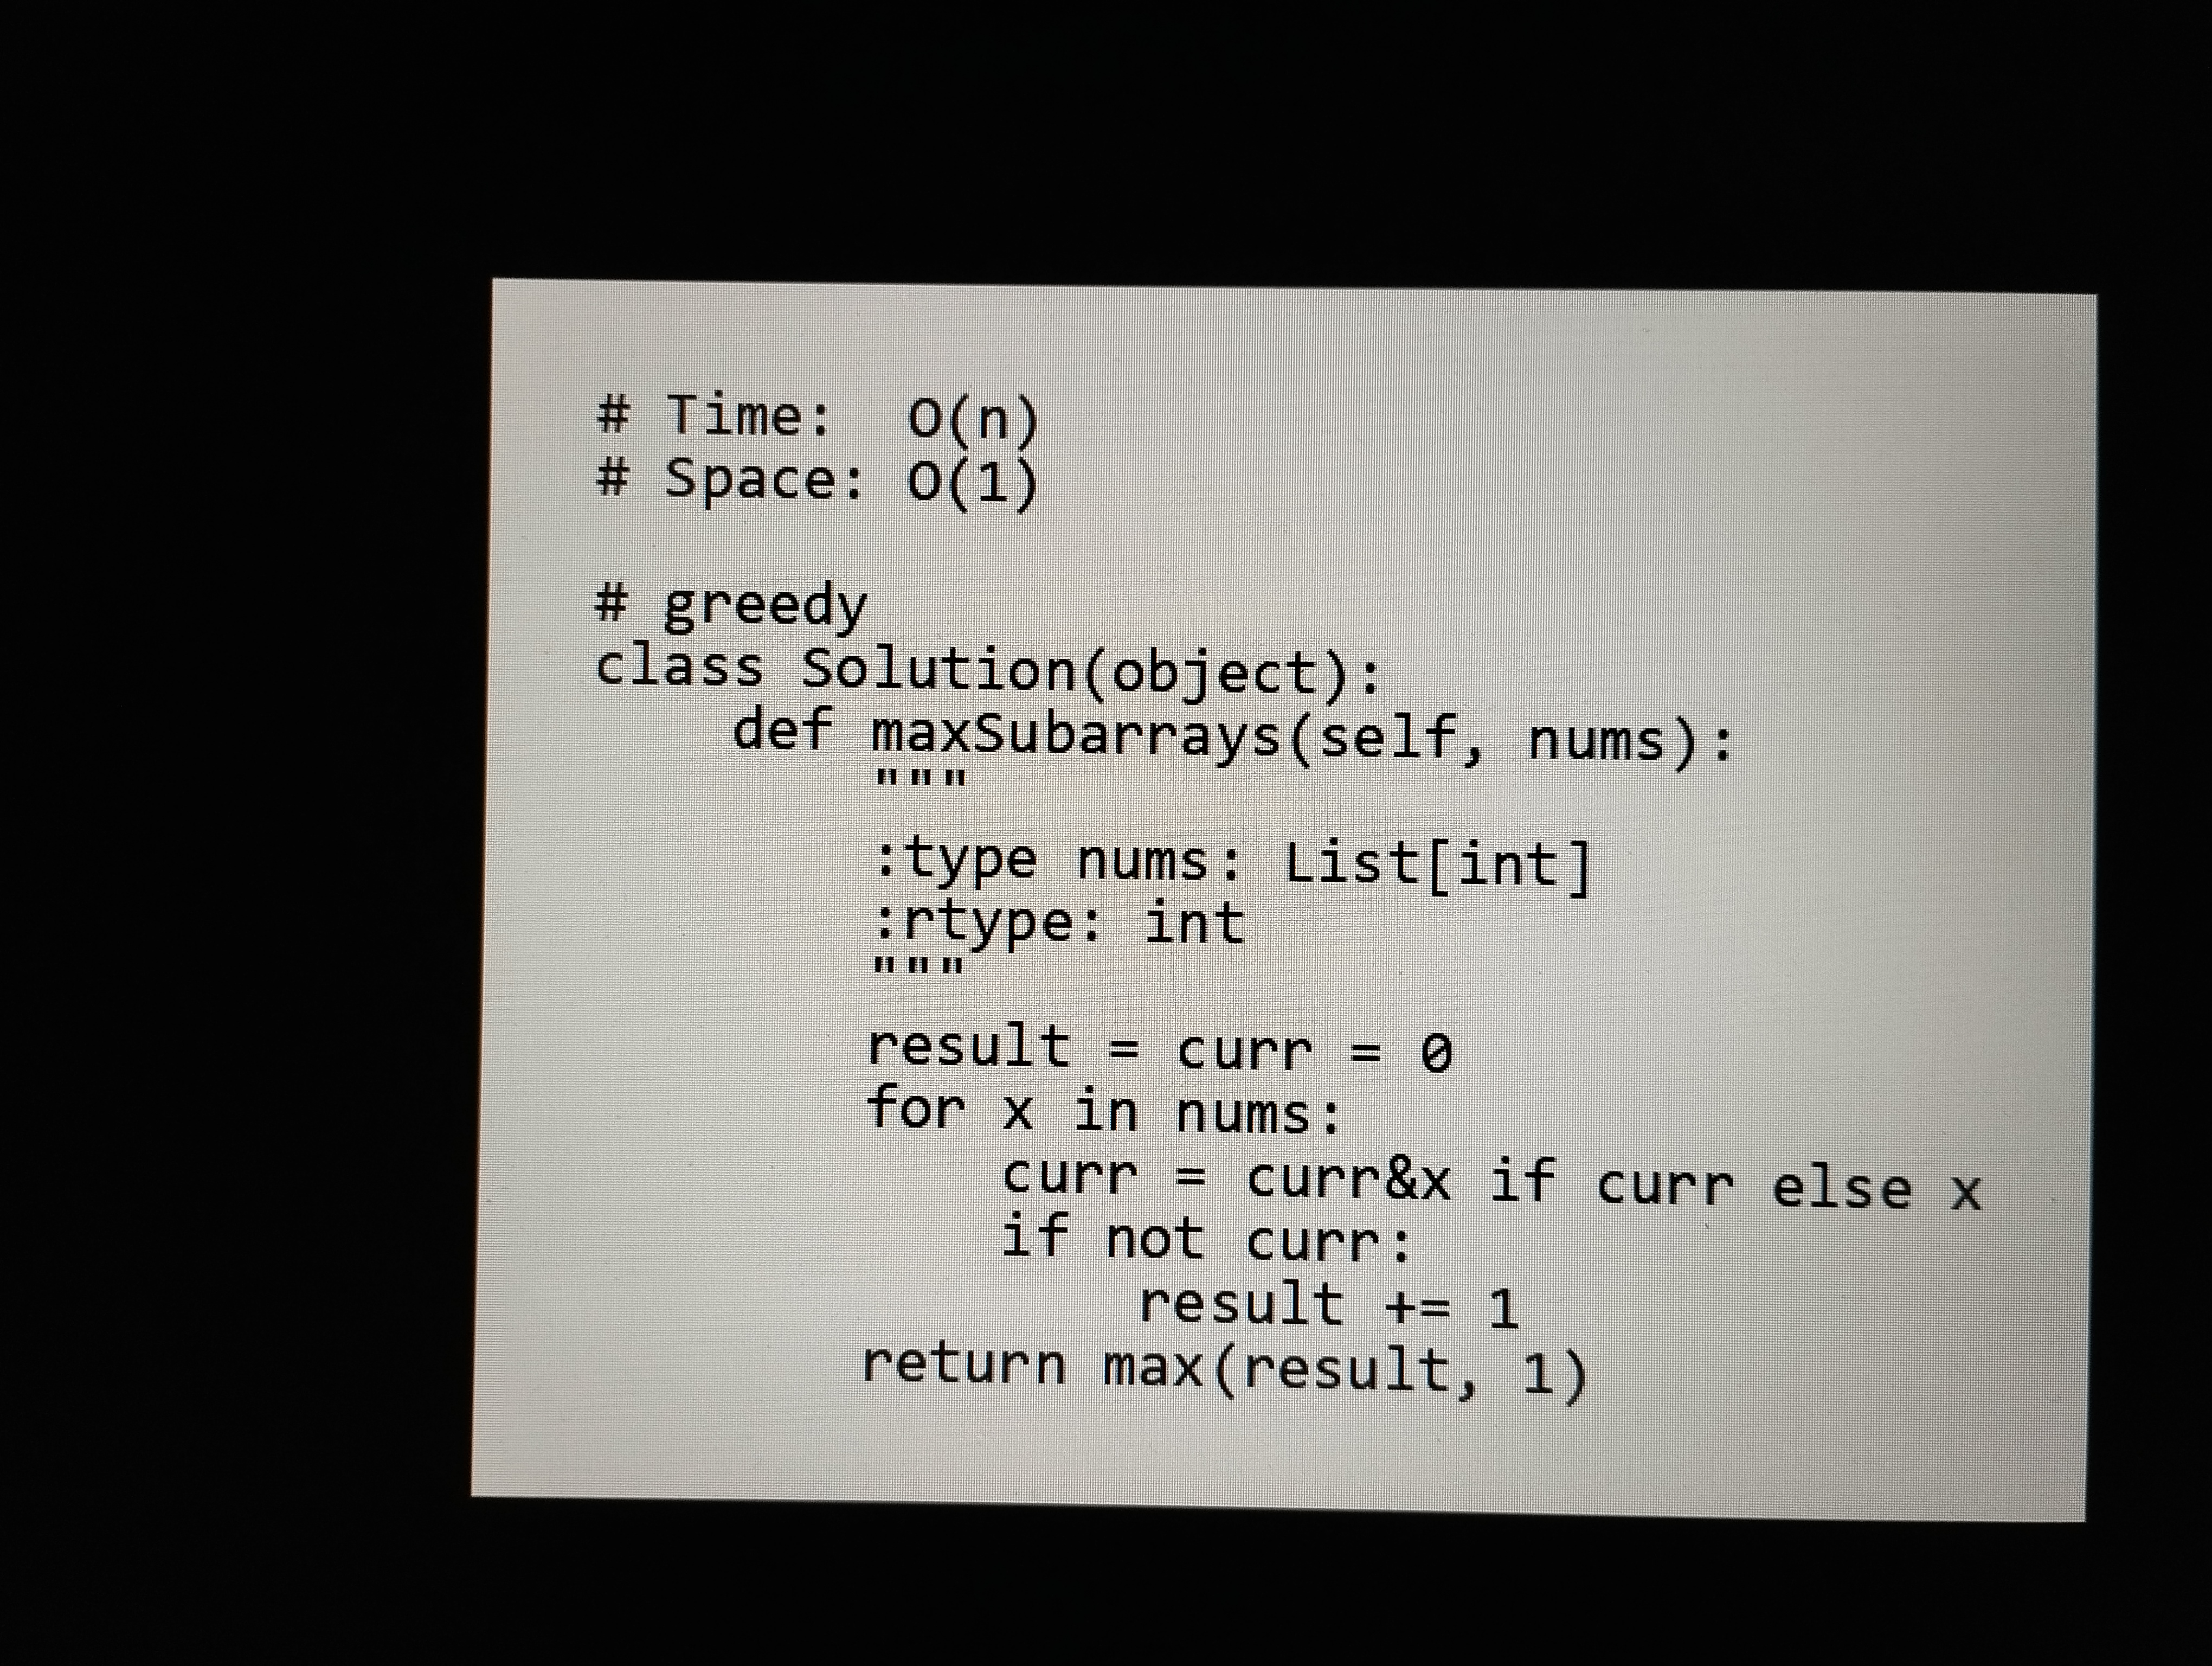
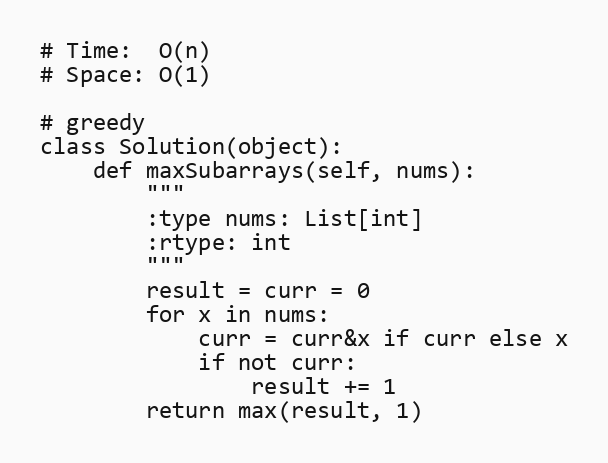
# Time:  O(n)
# Space: O(1)

# greedy
class Solution(object):
    def maxSubarrays(self, nums):
        """
        :type nums: List[int]
        :rtype: int
        """
        result = curr = 0
        for x in nums:
            curr = curr&x if curr else x
            if not curr:
                result += 1
        return max(result, 1)